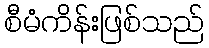
စီမံကိန်းဖြစ်သည်